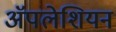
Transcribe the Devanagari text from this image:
ॲपलेशियन